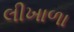
લીખાળા